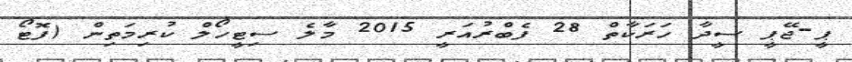
ޕީ-ޖޭޕީ ސީދާ ހަރަކާތް 28 ފެބްރުއަރީ 2015 މާލެ ސިޓީހޯލް ކުރިމަތިން (ފޮޓޯ